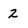
Character: 2